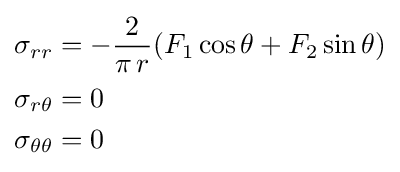
{\begin{aligned}\sigma _{rr}&=-{\frac {2}{\pi \,r}}(F_{1}\cos \theta +F_{2}\sin \theta )\\\sigma _{r\theta }&=0\\\sigma _{\theta \theta }&=0\end{aligned}}